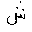
Letter: _shin